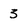
Character: 3